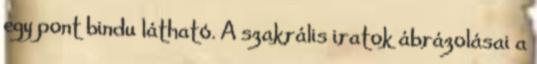
egy pont bindu látható. A szakrális iratok ábrázolásai a